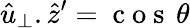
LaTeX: \hat{u}_{\perp}.\hat{z}^{\prime}=\mathrm{~c~o~s~}\, \theta